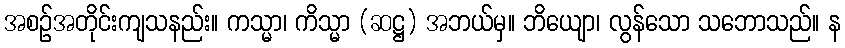
အစဉ်အတိုင်းကျသနည်း။ ကသ္မာ၊ ကိသ္မာ (ဆဋ္ဌ) အဘယ်မှ။ ဘိယျော၊ လွန်သော သဘောသည်။ န